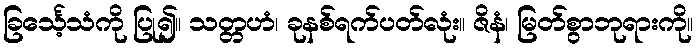
ခြင်္သေ့သံကို ပြု၍။ သတ္တဟံ၊ ခုနစ်ရက်ပတ်လုံး။ ဇိနံ၊ မြတ်စွာဘုရားကို။